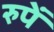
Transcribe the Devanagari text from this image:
रुपें